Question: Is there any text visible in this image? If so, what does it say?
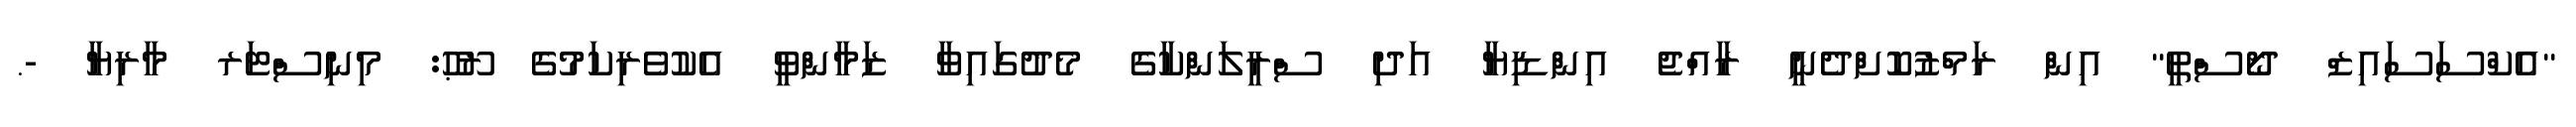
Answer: "އެކްސަސައިޒް ދޯސްތީ" އިން ރަމްޒުކޮށްދެނީ ރާއްޖެ އިންޑިޔާ އަދި ސްރީލަންކާގެ މެދުގައިވާ ޒަމާންވީ އެކުވެރިކަމުގެ ރޫޙު: މިނިސްޓަރ މާރިޔާ -.